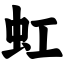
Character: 虹